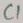
Text: C1